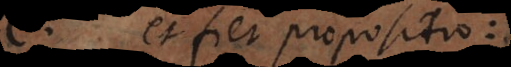
C, et fiet propositio: